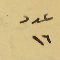
عدد ١٦